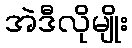
အဲဒီလိုမျိုး